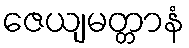
ဇေယျမတ္တာနံ